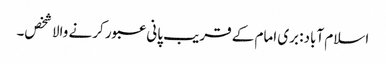
اسلام آباد: بری امام کے قریب پانی عبور کرنے والا شخص۔